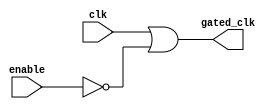
module memory_clock_gating (
    input wire clk,       // Primary clock input
    input wire enable,    // Control signal to enable/disable memory
    output wire gated_clk // Gated clock output
);

// Invert the enable signal
wire not_enable;
assign not_enable = ~enable;

// OR gate for clock gating
assign gated_clk = clk | not_enable;

// Memory block (example)
reg [7:0] memory [0:255]; // 256 x 8-bit memory
reg [7:0] data_out;

// Memory read/write operations based on gated_clk
always @(posedge gated_clk) begin
    if (!enable) begin // Only operate when enabled
        // Example: memory read (just a dummy condition for demonstration)
        // This assumes there's a way to specify the address and the data to be written
        // For this example, we just do a read from address 0 (constant address)
        data_out <= memory[0]; // Example operation
        // Additional memory operations (write, etc.) can be added based on your requirements
    end
end

endmodule